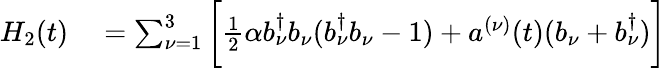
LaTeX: \begin{array}{rl}{H_{2}(t)}&{{}=\sum_{\nu=1}^{3}\bigg[\frac{1}{2}\alpha b_{\nu}^{\dagger}b_{\nu}(b_{\nu}^{\dagger}b_{\nu}-1)+a^{(\nu)}(t)(b_{\nu}+b_{\nu}^{\dagger})\bigg]}\end{array}